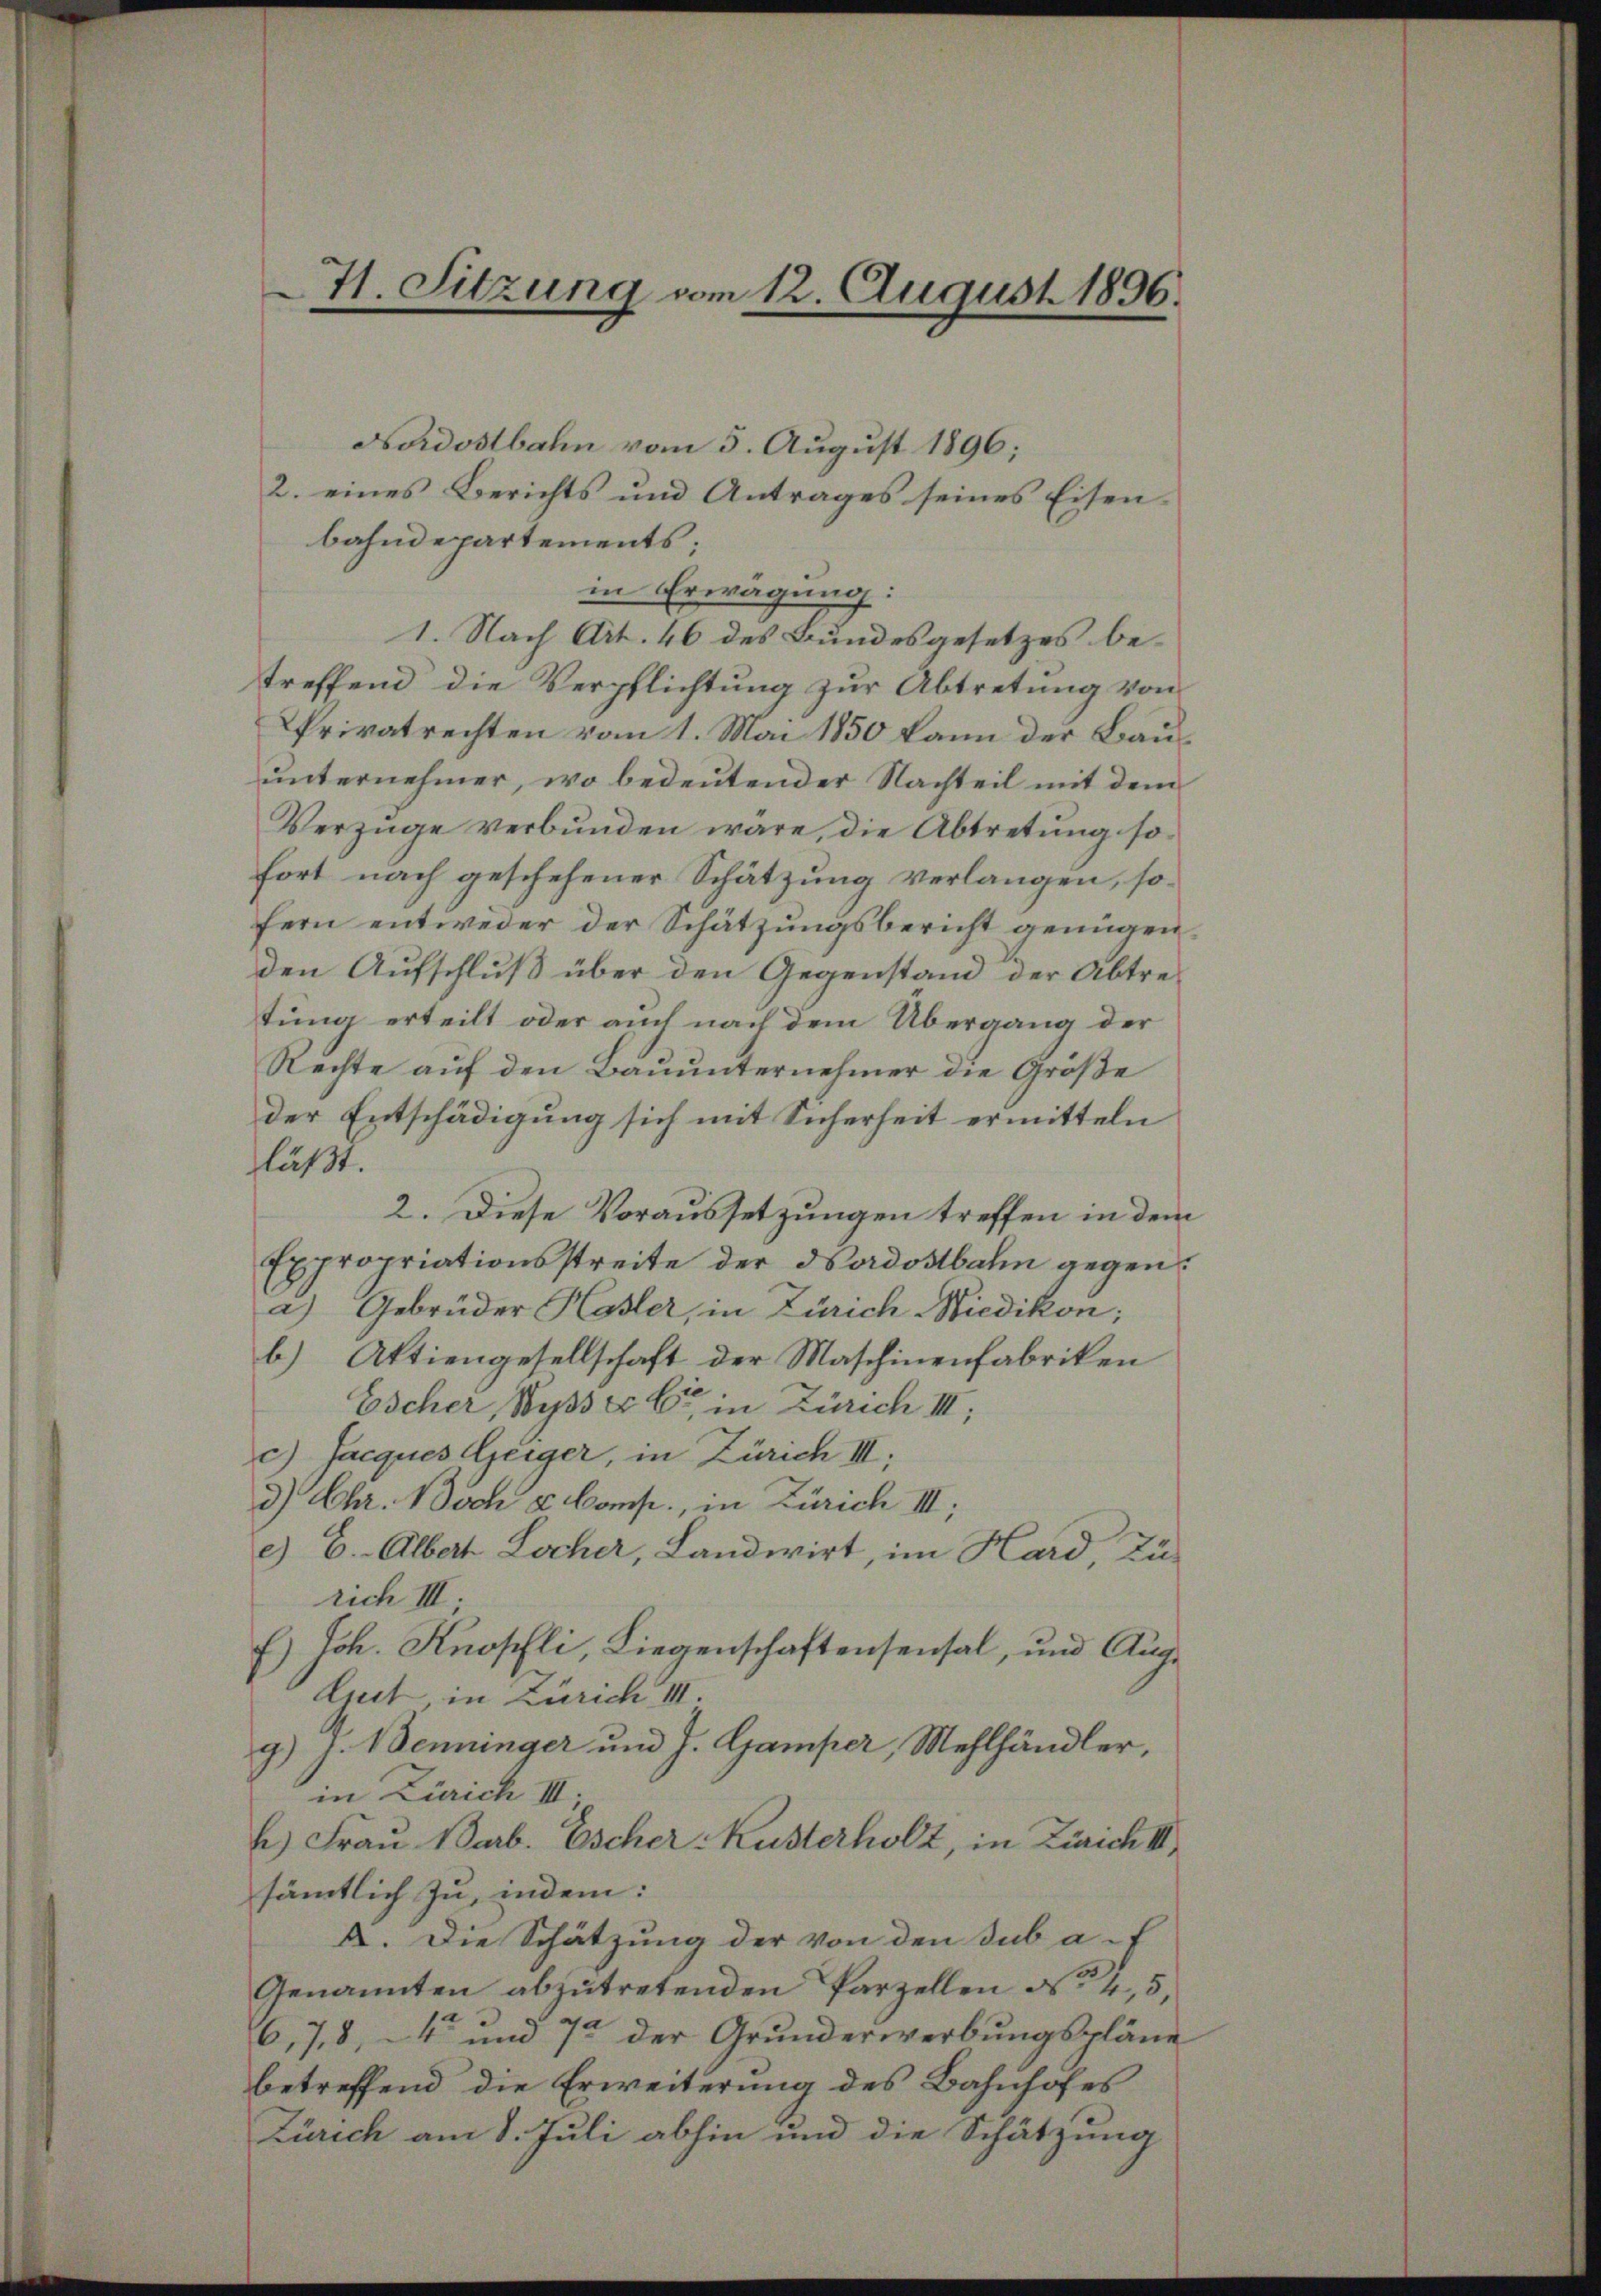
H. Sitzung vom 12. August 1896.

Nordostbahn vom 5. August 1896;
2. eines Berichts und Antrages seines Eisenbahndepartements;
in Erwägung:
1. Nach Art. 46 des Bundesgesetzes betreffend die Verpflichtung zur Abtretung von
Privatrechten vom 1. Mai 1850 kann der Bauunternehmer, wo bedeutender Nachteil mit dem
Verzüge verbunden wäre, die Abtretung sofort nach geschehener Schätzung verlangen, sofern entweder der Schätzungsbericht genügen,
den Aufschluß über den Gegenstand der Abtre-
tung erteilt oder auch nach dem Übergang der
Rechte auf den Bauunternehmer die Größe
der Entschädigung sich mit Sicherheit ermitteln
läßt.
2. Diese Voraussetzungen treffen in dem
Expropriationsstreite der Nordostbahn gegen
a) Gebrüder Hasler, in Zürich Wiedikon;
b) Aktiengesellschaft der Maschinenfabriken
Escher, Wyss er in Zürich III,
c) Jacques Geiger, in Zürich III,
3) Chr. Noch u. Comp., in Zürich III,
c) C.- Albert Locher, Landwirt, im Hard, Zürich III
E) Joh. Knopfli, Liegenschaftensensal, und Aug.
Art, in Zürich III.
g.) J. Benninger und J. Gamper, Mehlhändler,
in Zürich III.
b) Frau Barb. Escher Kusterholz, in Zürich II
sämtlich zu, indem:
A. Die Schätzung der von den sub a-f
Genannten abzutretenden Parzellen N. 4, 5,
6,78, 4 und 72 der Grunderwerbungspläne
betreffend die Erweiterung des Bahnhofes
Zürich am 8. Juli abhin und die Schätzung